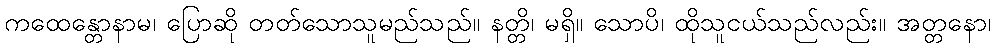
ကထေန္တောနာမ၊ ပြောဆို တတ်သောသူမည်သည်။ နတ္တိ၊ မရှိ။ သောပိ၊ ထိုသူငယ်သည်လည်း။ အတ္တနော၊